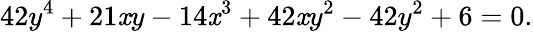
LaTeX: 42y^{4}+21\mathit{x}y-14\mathit{x}^{3}+42\mathit{x}y^{2}-42y^{2}+6=0.